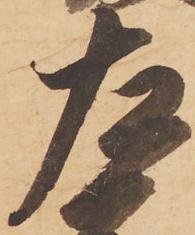
左